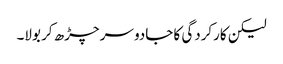
لیکن کارکردگی کا جادو سر چڑھ کر بولا۔